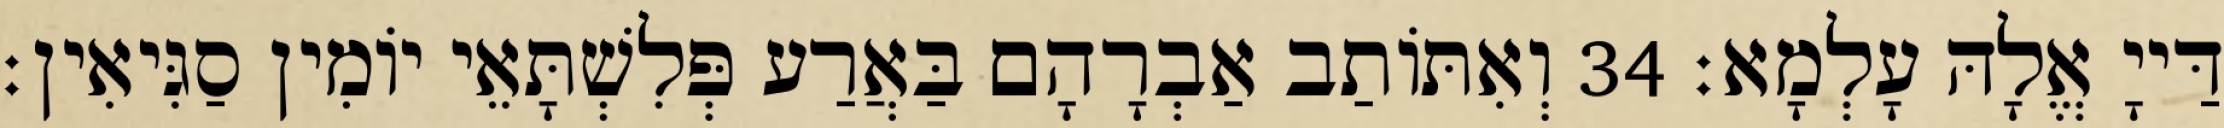
דַּייָ אֱלָהּ עָלְמָא׃ 34 וְאִתּוֹתַב אַבְרָהָם בַּאֲרַע פְּלִשְׁתָּאֵי יוֹמִין סַגִּיאִין׃